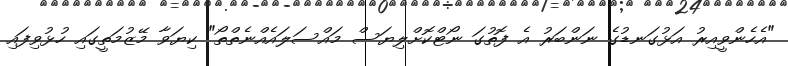
"އެހެންވީއިރު އަޅުގަނޑުގެ ނަންބަރު އެ ފޮތުގަ ނޯޓްކޮށްލިޔަސް މައްސަލައެއްނެތްތޯ" ކިޔަވާ މޭޒުމަތީގައި ހުޅުވިފައި